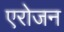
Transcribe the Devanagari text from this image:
एरोजन